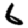
Digit: 6